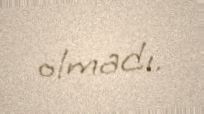
olmadı.